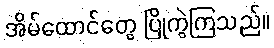
အိမ်ထောင်တွေ ပြိုကွဲကြသည်။